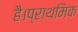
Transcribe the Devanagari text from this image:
है।प्राथमिक